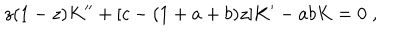
LaTeX: z ( 1 - z ) K ^ { \prime \prime } + [ c - ( 1 + a + b ) z ] K ^ { \prime } - a b K = 0 \; ,